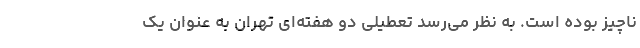
ناچیز بوده است. به نظر می‌رسد تعطیلی دو هفته‌ای تهران به عنوان یک